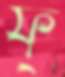
ফ্